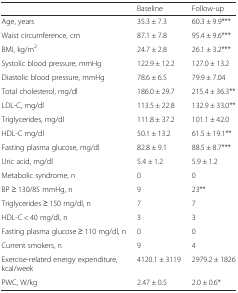
|  | Baseline | Follow-up |
 | --- | --- | --- |
 | Age, years | 35.3 ± 7.3 | 60.3 ± 9.9*** |
 | Waist circumference, cm | 87.1 ± 7.8 | 95.4 ± 9.6*** |
 | BMI, kg/m2 | 24.7 ± 2.8 | 26.1 ± 3.2*** |
 | Systolic blood pressure, mmHg | 122.9 ± 12.2 | 127.0 ± 13.2 |
 | Diastolic blood pressure, mmHg | 78.6 ± 6.5 | 79.9 ± 7.04 |
 | Total cholesterol, mg/dl | 186.0 ± 29.7 | 215.4 ± 36.3** |
 | LDL-C, mg/dl | 113.5 ± 22.8 | 132.9 ± 33.0** |
 | Triglycerides, mg/dl | 111.8 ± 37.2 | 101.1 ± 42.0 |
 | HDL-C mg/dl | 50.1 ± 13.2 | 61.5 ± 19.1** |
 | Fasting plasma glucose, mg/dl | 82.8 ± 9.1 | 88.5 ± 8.7*** |
 | Uric acid, mg/dl | 5.4 ± 1.2 | 5.9 ± 1.2 |
 | Metabolic syndrome, n | 0 | 0 |
 | BP ≥ 130/85 mmHg, n | 9 | 23** |
 | Triglycerides ≥ 150 mg/dl, n | 7 | 7 |
 | HDL-C < 40 mg/dl, n | 3 | 3 |
 | Fasting plasma glucose ≥ 110 mg/dl, n | 0 | 0 |
 | Current smokers, n | 9 | 4 |
 | Exercise-related energy expenditure, kcal/week | 4120.1 ± 3119 | 2979.2 ± 1826 |
 | PWC, W/kg | 2.47 ± 0.5 | 2.0 ± 0.6* |